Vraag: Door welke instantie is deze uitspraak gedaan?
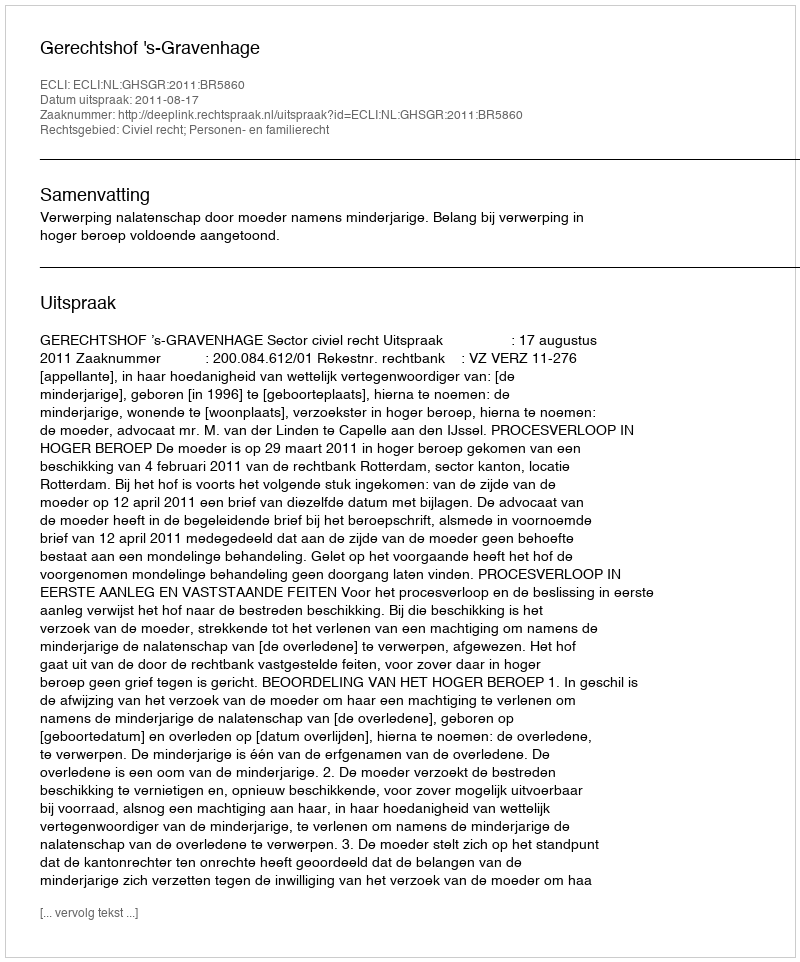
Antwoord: Gerechtshof 's-Gravenhage